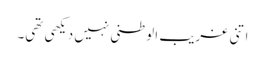
اتنی غریب الوطنی نہیں دیکھی تھی۔